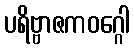
ပရိဗ္ဗာဇကဝဂ္ဂေါ